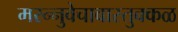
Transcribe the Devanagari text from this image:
मरन्नुवेचावास्तुक्कळ